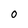
Character: O